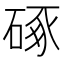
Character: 硺